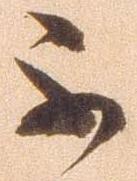
不